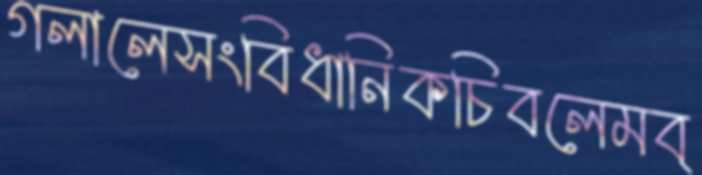
গলালেসংবিধানিকচিবলেমব্